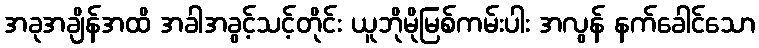
အခုအချိန်အထိ အခါအခွင့်သင့်တိုင်း ယူဘိုမိုမြစ်ကမ်းပါး အလွန် နက်ခေါင်သော